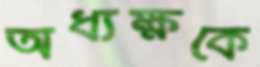
অধ্যক্ষকে